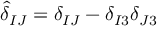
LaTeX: { \hat { \delta } } _ { I J } = \delta _ { I J } - \delta _ { I 3 } \delta _ { J 3 }